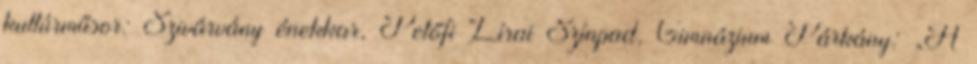
kultúrműsor: Szivárvány énekkar, Petőfi Lírai Színpad, Gimnázium Párkány: „A